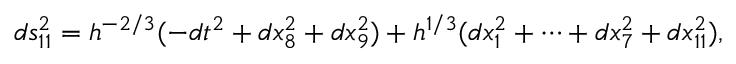
d s _ { 1 1 } ^ { 2 } = h ^ { - 2 / 3 } ( - d t ^ { 2 } + d x _ { 8 } ^ { 2 } + d x _ { 9 } ^ { 2 } ) + h ^ { 1 / 3 } ( d x _ { 1 } ^ { 2 } + \cdots + d x _ { 7 } ^ { 2 } + d x _ { 1 1 } ^ { 2 } ) ,